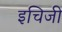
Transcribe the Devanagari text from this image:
इचिजी